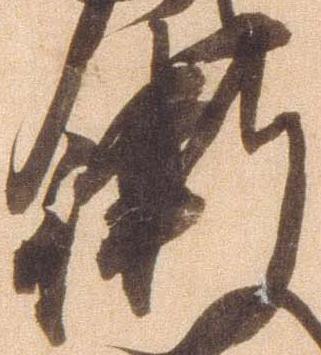
衛